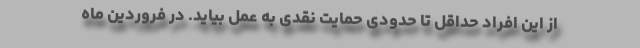
از این افراد حداقل تا حدودی حمایت نقدی به عمل بیاید. در فروردین ماه